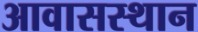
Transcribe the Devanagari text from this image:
आवासस्थान